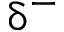
\updelta ^ { - }